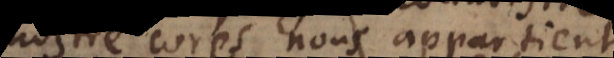
nostre corps nous appartient